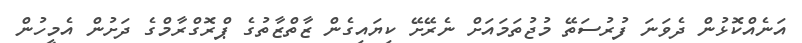
އަނެއްކޮޅުން ދެވަނަ ފުރުސަތޭ މުޖުތަމައަށް ނެރޭށޭ ކިޔައިގެން ޒާތްޒާތުގެ ޕްރޮގްރާމްގެ ދަށުން އެމީހުން